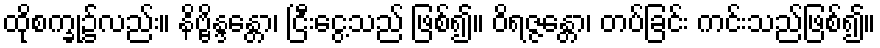
ထိုစက္ခု၌လည်း။ နိဗ္ဗိန္ဒန္တော၊ ငြီးငွေ့သည် ဖြစ်၍။ ဝိရဇ္ဇန္တော၊ တပ်ခြင်း ကင်းသည်ဖြစ်၍။